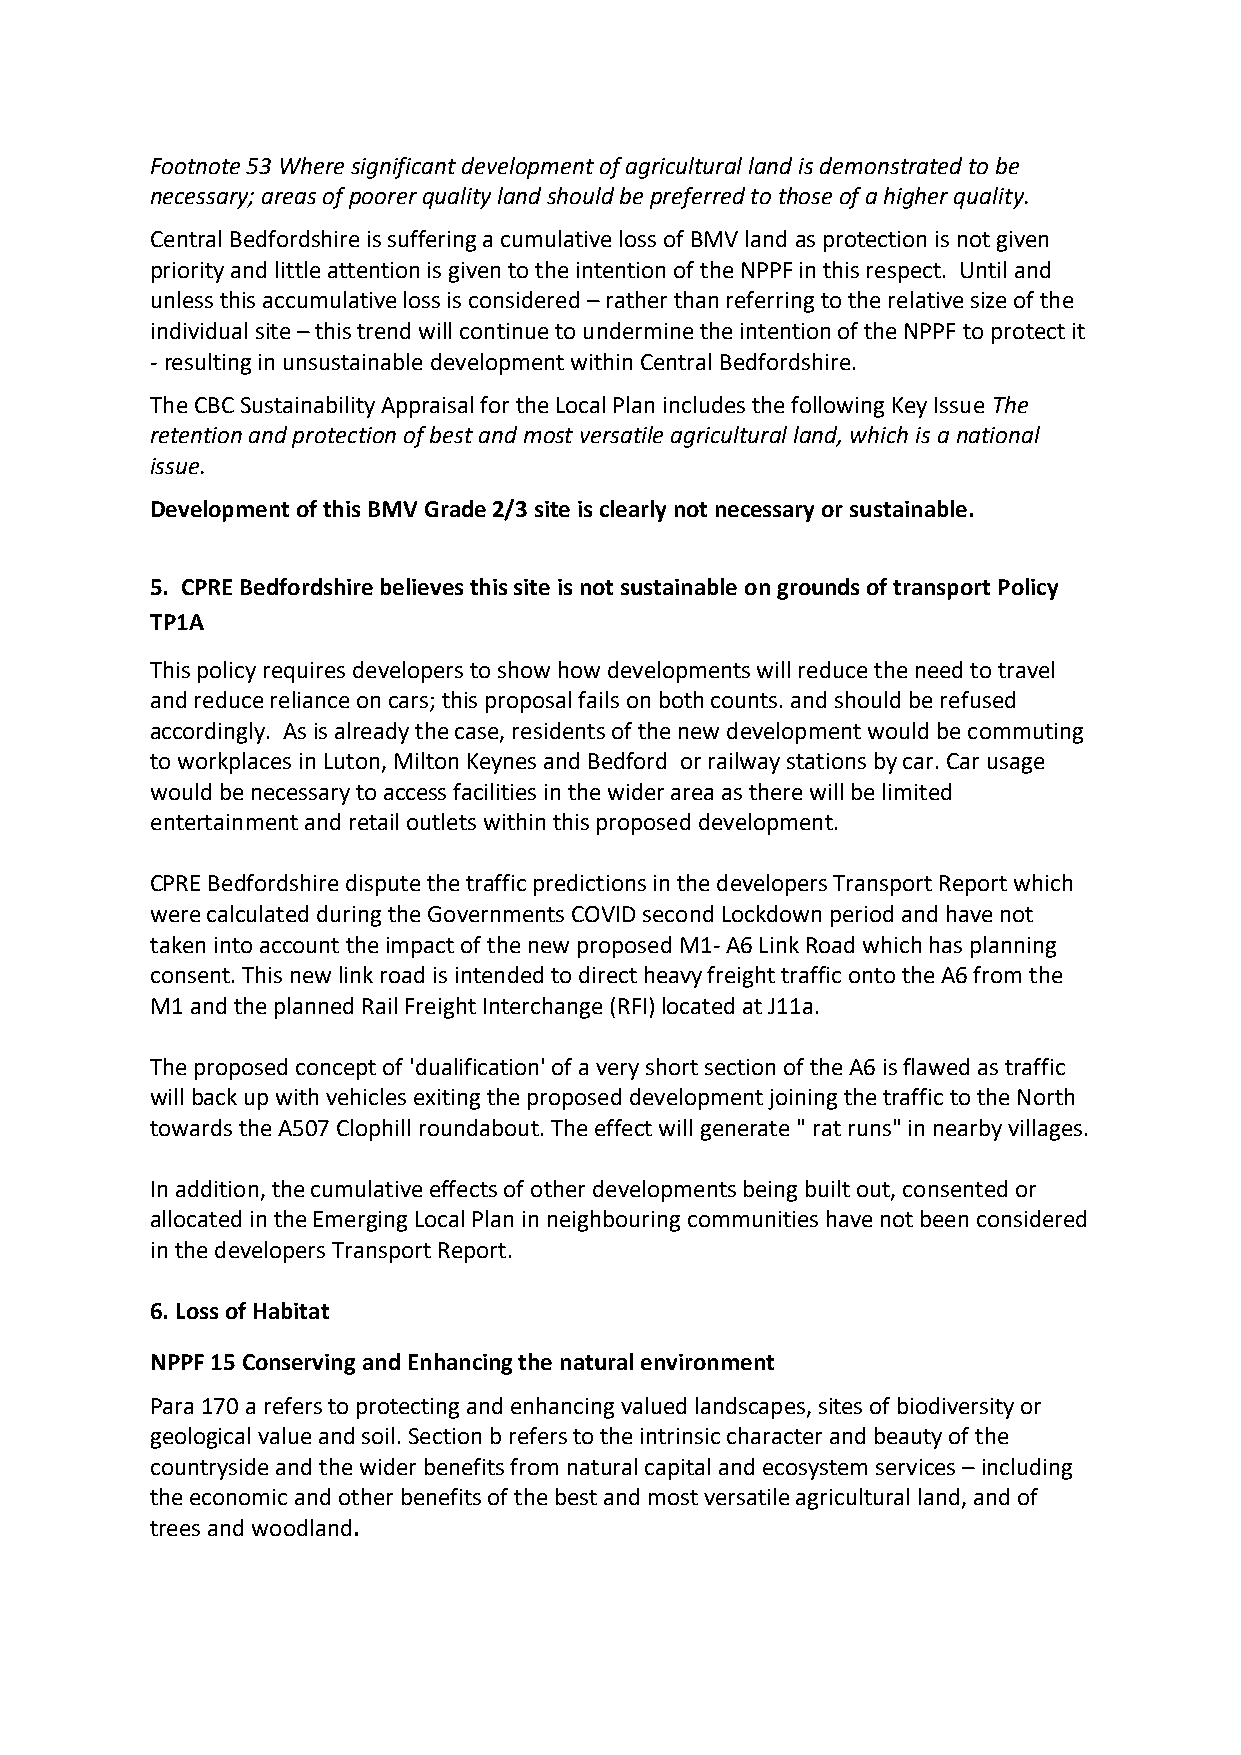
Footnote 53 Where significant development of agricultural land is demonstrated to be
 necessary; areas of poorer quality land should be preferred to those of a higher quality.
 Central Bedfordshire is suffering a cumulative loss of BMV land as protection is not given
 priority and little attention is given to the intention of the NPPF in this respect. Until and
 unless this accumulative loss is considered – rather than referring to the relative size of the
 individual site – this trend will continue to undermine the intention of the NPPF to protect it
 - resulting in unsustainable development within Central Bedfordshire.
 The CBC Sustainability Appraisal for the Local Plan includes the following Key Issue The
 retention and protection of best and most versatile agricultural land, which is a national
 issue.
 Development of this BMV Grade 2/3 site is clearly not necessary or sustainable.
 5. CPRE Bedfordshire believes this site is not sustainable on grounds of transport Policy
 TP1A
 This policy requires developers to show how developments will reduce the need to travel
 and reduce reliance on cars; this proposal fails on both counts. and should be refused
 accordingly. As is already the case, residents of the new development would be commuting
 to workplaces in Luton, Milton Keynes and Bedford or railway stations by car. Car usage
 would be necessary to access facilities in the wider area as there will be limited
 entertainment and retail outlets within this proposed development.
 CPRE Bedfordshire dispute the traffic predictions in the developers Transport Report which
 were calculated during the Governments COVID second Lockdown period and have not
 taken into account the impact of the new proposed M1- A6 Link Road which has planning
 consent. This new link road is intended to direct heavy freight traffic onto the A6 from the
 M1 and the planned Rail Freight Interchange (RFI) located at J11a.
 The proposed concept of 'dualification' of a very short section of the A6 is flawed as traffic
 will back up with vehicles exiting the proposed development joining the traffic to the North
 towards the A507 Clophill roundabout. The effect will generate " rat runs" in nearby villages.
 In addition, the cumulative effects of other developments being built out, consented or
 allocated in the Emerging Local Plan in neighbouring communities have not been considered
 in the developers Transport Report.
 6. Loss of Habitat
 NPPF 15 Conserving and Enhancing the natural environment
 Para 170 a refers to protecting and enhancing valued landscapes, sites of biodiversity or
 geological value and soil. Section b refers to the intrinsic character and beauty of the
 countryside and the wider benefits from natural capital and ecosystem services – including
 the economic and other benefits of the best and most versatile agricultural land, and of
 trees and woodland.